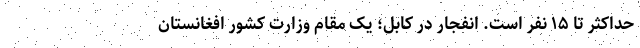
حداکثر تا ۱۵ نفر است. انفجار در کابل؛ یک مقام وزارت کشور افغانستان